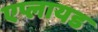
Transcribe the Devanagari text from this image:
एप्लायड